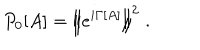
LaTeX: P _ { 0 } [ A ] = \left\Vert e ^ { i \Gamma [ A ] } \right\Vert ^ { 2 } \; .